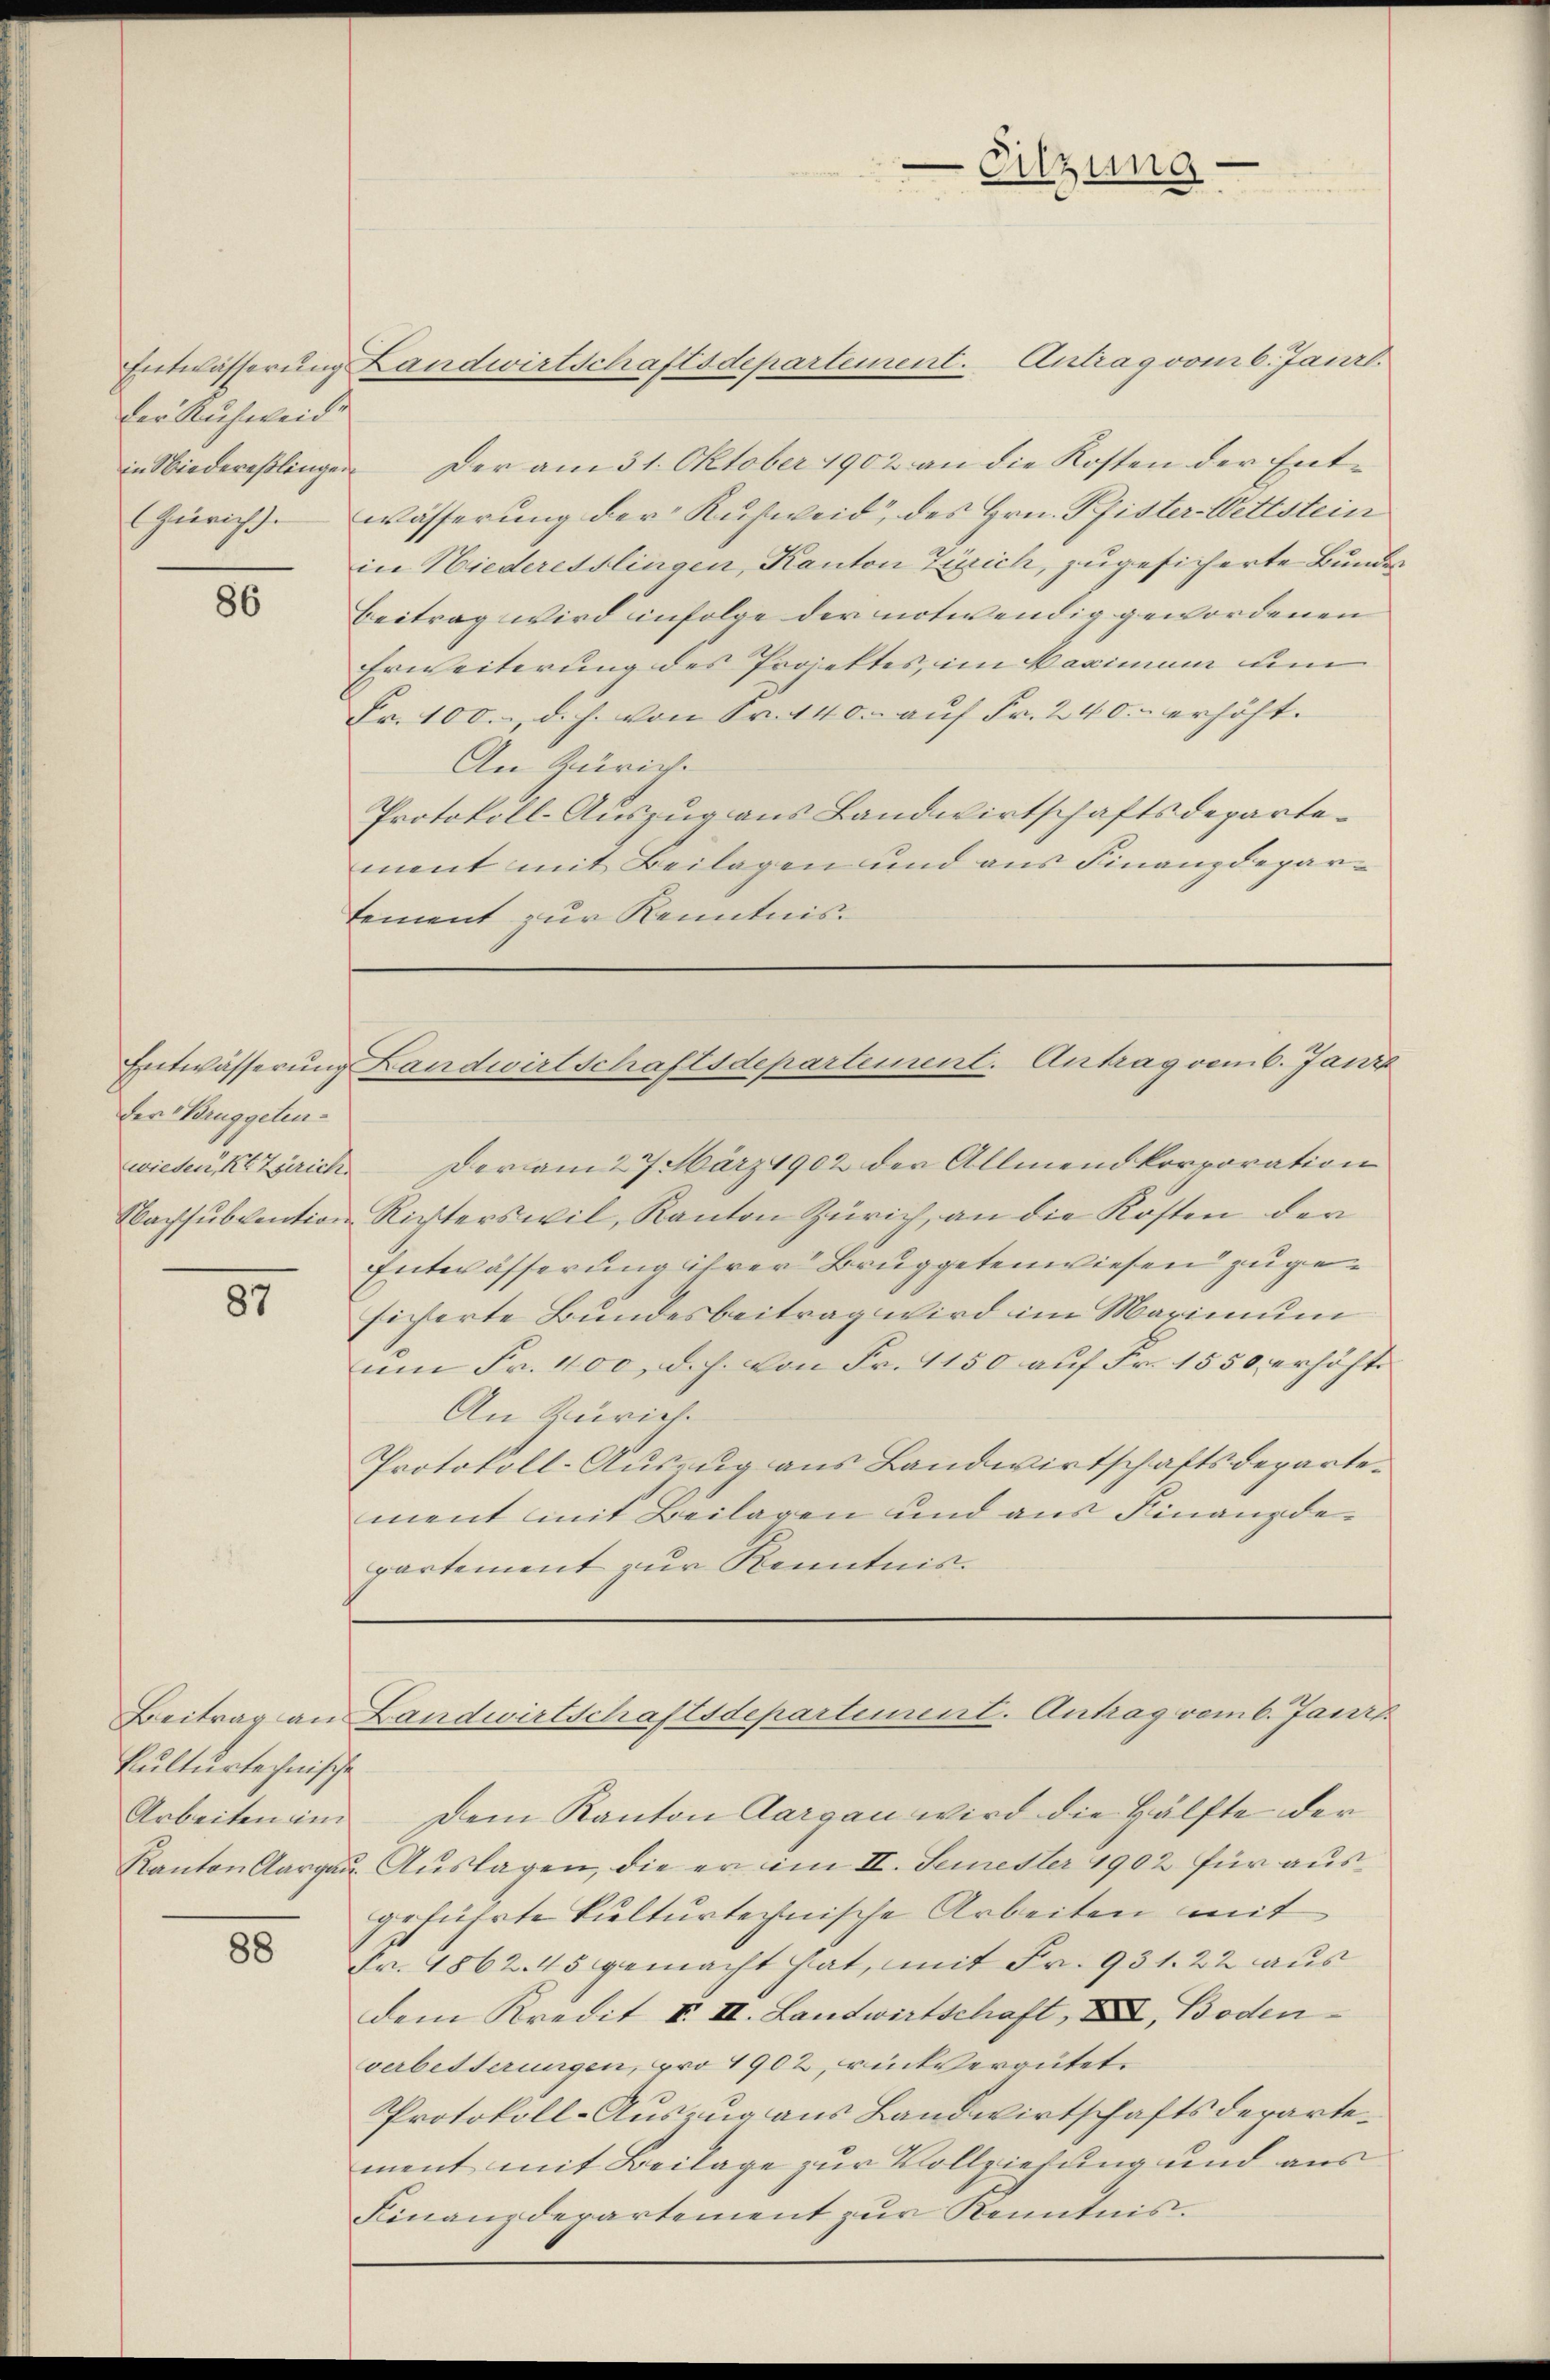
der Ruchweide

86

der Bruggeten¬

87

Entwässerung Landwirtschaftsdepartement. Antrag vom 6. Janrl.
in Niedereslingen der am 31. Oktober 1902 an die Kosten der Ent¬
Zürich) Wässerung der Kuhweid, des Hrn. Pfister-Wettstein
in Niederesslingen, Kanton Zürich, zugesicherte Bundes
Beitrag wird infolge der notwendig gewordenen
Erweiterung des Projektes, im Maximum um
Fr. 100. d. h. von Fr. 140. auf Fr. 240.- erhöht.
An Zürich.
Protokoll-Auszug aus Landwirtschaftsdepartement mit Beilagen und aus Finanzdepartement zur Kenntnis.

kulturtechnische

88

wieden, Kt. Zürich der am 27. März 1902 der Allmendkorporation
Nachsubvention Richterswil, Kanton Zürich, an die Kosten der
Entwässerung ihrer Bruggetenwiesen zugesicherte Bundesbeitrag wird im Marinum
um Fr. 400, d. h. Von Fr. 1150 auf Fr. 1550, erhöhte
An Zürich
Protokoll-Auszug aus Landwirtschaftsdepartement mit Beilagen und aus Finanzdepartement zur Kenntnis.

Eitzung

Entwässerung Landwirtschaftsdepartement. Antrag vom 6. Janze

Arbeiten in dem Kanton Aargau wird die Hälfte der
Kanton Aargaŭ Aŭslagen, die er im II. Semester 1902 für ausgeführte Kulturtechnische Arbeiten mit
Fr. 1862. 45 gemacht hat, mit Fr. 931. 22 aus
dem Kredit I. II. Landwirtschaft, XII, Boden
verbetterungen, pro 1902, rückvergütet.
Protokoll-Auszug aus Landwirtschaftsdepartement mit Beilage zur Vollziehung und aus
Finanzdepartement zur Kenntnis.

Beitrag an Landwirtschaftsdepartement. Antrag vom 6. Janr